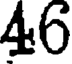
46